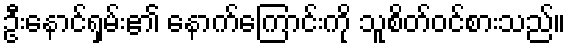
ဦးနောင်ရှမ်း၏ နောက်ကြောင်းကို သူစိတ်ဝင်စားသည်။